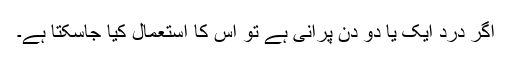
اگر درد ایک یا دو دن پرانی ہے تو اس کا استعمال کیا جاسکتا ہے۔